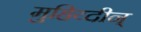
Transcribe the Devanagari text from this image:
मुहिय्दीन्